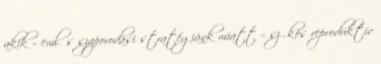
akik – emlős szaporodási stratégiánk miatt – szűkös reproduktív